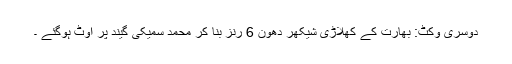
دوسری وکٹ: بھارت کے کھلاڑی شیکھر دھون 6 رنز بنا کر محمد سمیکی گیند پر آوٹ ہوگئے ۔